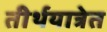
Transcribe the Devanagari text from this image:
तीर्थयात्रेत